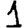
Digit: 1